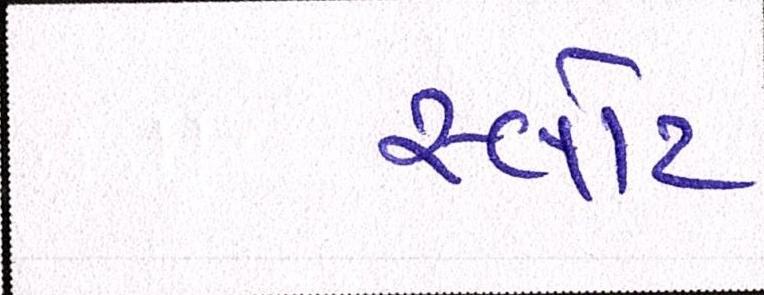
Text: સ્લોટ